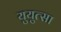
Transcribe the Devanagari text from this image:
युयुत्सा